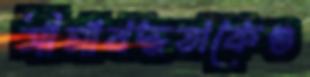
সীমাবদ্ধতাকেগু